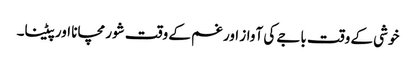
خوشی کے وقت باجے کی آواز اور غم کے وقت شور مچانا اور پیٹنا۔